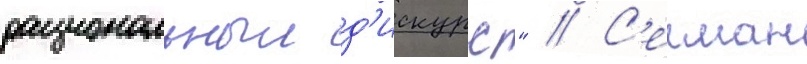
рациональныи д'искурс" // С'елман